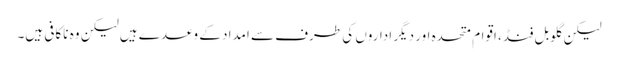
لیکن گلوبل فنڈ، اقوام متحدہ اور دیگر اداروں کی طرف سے امداد کے وعدے ہیں لیکن وہ ناکافی ہیں۔